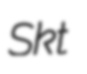
Skt